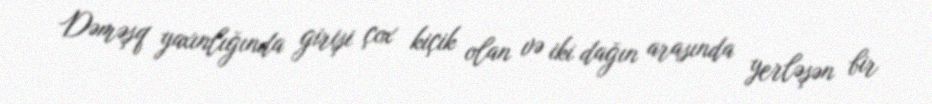
Dəməşq yaxınlığında girişi çox kiçik olan və iki dağın arasında yerləşən bir